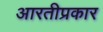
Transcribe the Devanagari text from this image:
आरतीप्रकार